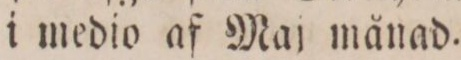
i medio af Maj månad.